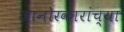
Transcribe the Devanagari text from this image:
जानोरकारांच्या